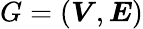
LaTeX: G=(\boldsymbol{V},\boldsymbol{E})